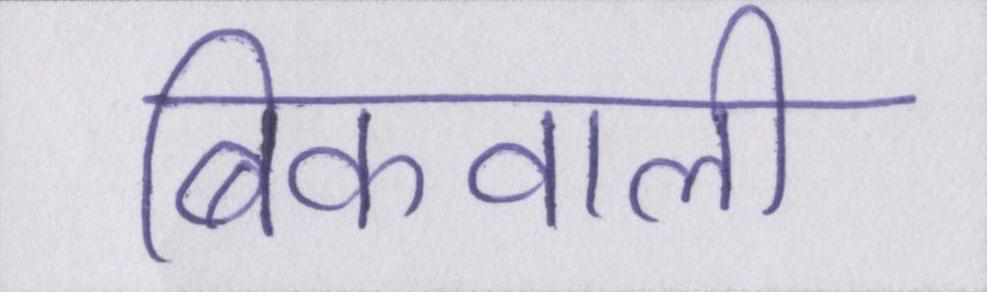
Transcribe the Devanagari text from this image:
बिकवाली